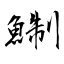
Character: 鯯